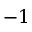
- 1